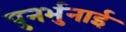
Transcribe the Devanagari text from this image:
पुनर्भुनाई